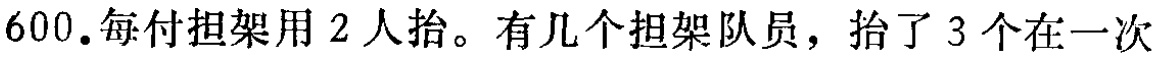
600.每付担架用 2 人抬。有几个担架队员，抬了 3 个在一次